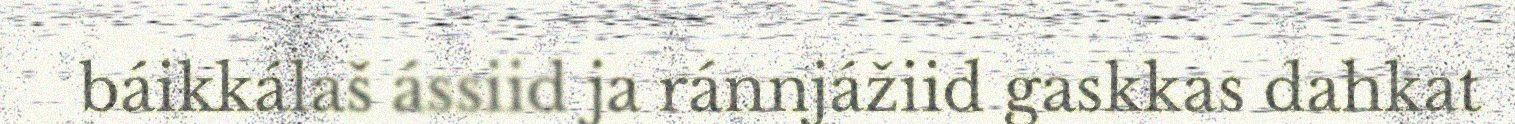
báikkálaš ássiid ja ránnjážiid gaskkas dahkat